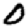
Digit: 0